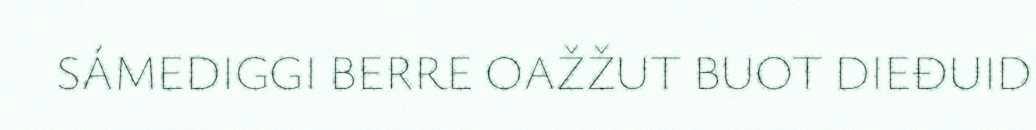
SÁMEDIGGI BERRE OAŽŽUT BUOT DIEĐUID